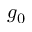
g _ { 0 }